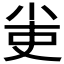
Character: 𡭭